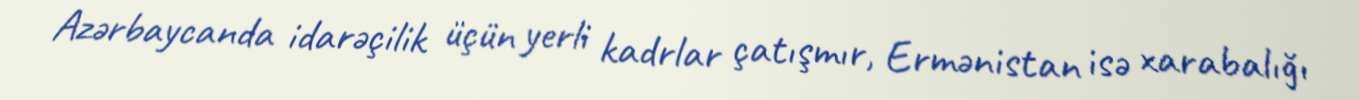
Azərbaycanda idarəçilik üçün yerli kadrlar çatışmır, Ermənistan isə xarabalığı